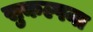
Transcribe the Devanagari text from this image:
सुकल्पना